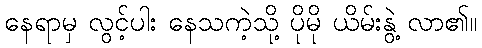
နေရာမှ လွင့်ပါး နေသကဲ့သို့ ပိုမို ယိမ်းနွဲ့ လာ၏။